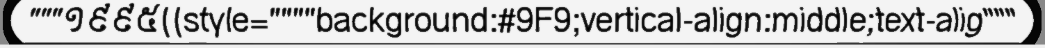
"""១៩៩៥||style=""""background:#9F9;vertical-align:middle;text-alig"""